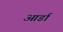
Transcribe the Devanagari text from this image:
आर्डा